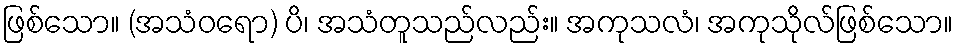
ဖြစ်သော။ (အသံဝရော) ပိ၊ အသံတူသည်လည်း။ အကုသလံ၊ အကုသိုလ်ဖြစ်သော။